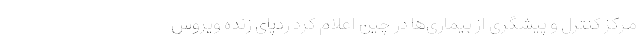
مرکز کنترل و پیشگری از بیماری‌ها در چین اعلام کرد ردپای زنده ویروس